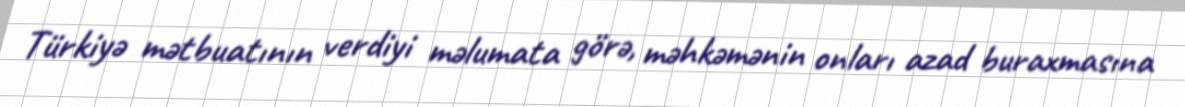
Türkiyə mətbuatının verdiyi məlumata görə, məhkəmənin onları azad buraxmasına